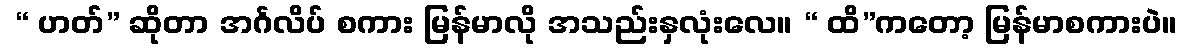
 “ ဟတ်” ဆိုတာ အင်္ဂလိပ် စကား မြန်မာလို အသည်းနှလုံးလေ။ “ ထိ”ကတော့ မြန်မာစကားပဲ။